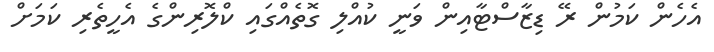
އެހެން ކަމުން ރޭ ޑިޒާސްޓާއިން ވަނީ ކުއްލި ގޮތެއްގައި ކްލޮރިންގެ އެހީތެރި ކަމަށް